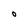
Character: O